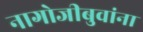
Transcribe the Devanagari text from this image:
नागोजीबुवांना